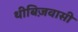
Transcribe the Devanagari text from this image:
थीबिज़वासी